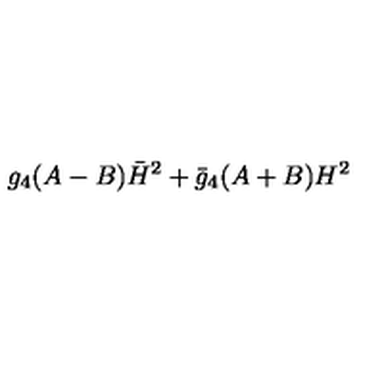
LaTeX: g _ { 4 } ( A - B ) \bar { H } ^ { 2 } + \bar { g } _ { 4 } ( A + B ) H ^ { 2 }